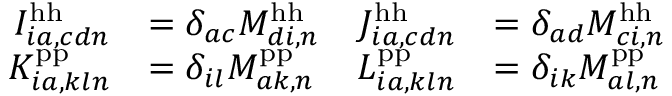
\begin{array} { r l r l } { I _ { i a , c d n } ^ { \mathrm { h h } } } & { = \delta _ { a c } M _ { d i , n } ^ { \mathrm { h h } } } & { J _ { i a , c d n } ^ { \mathrm { h h } } } & { = \delta _ { a d } M _ { c i , n } ^ { \mathrm { h h } } } \\ { K _ { i a , k l n } ^ { \mathrm { p p } } } & { = \delta _ { i l } M _ { a k , n } ^ { \mathrm { p p } } } & { L _ { i a , k l n } ^ { \mathrm { p p } } } & { = \delta _ { i k } M _ { a l , n } ^ { \mathrm { p p } } } \end{array}